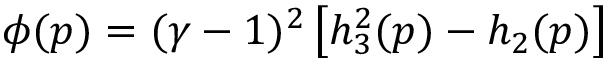
\phi ( p ) = ( \gamma - 1 ) ^ { 2 } \left[ h _ { 3 } ^ { 2 } ( p ) - h _ { 2 } ( p ) \right]